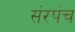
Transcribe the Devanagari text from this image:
संरपंच